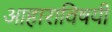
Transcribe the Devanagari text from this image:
आहाराविषयी